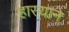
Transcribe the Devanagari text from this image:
हास्याने